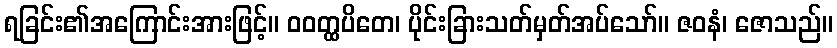
ရခြင်း၏အကြောင်းအားဖြင့်။ ဝဝတ္ထပိတေ၊ ပိုင်းခြားသတ်မှတ်အပ်သော်။ ဇဝနံ၊ ဇောသည်။